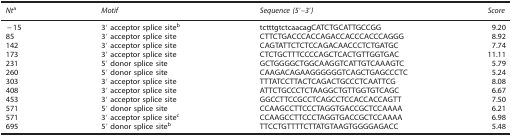
| Nta | Motif | Sequence (5′–3′) | Score |
 | --- | --- | --- | --- |
 | −15 | 3′ acceptor splice siteb | tctttgtctcaacagCATCTGCATTGCCGG | 9.20 |
 | 85 | 3′ acceptor splice site | CTTCTGACCCACCAGACCACCCACCCAGGG | 8.92 |
 | 142 | 3′ acceptor splice site | CAGTATTCTCTCCAGACAACCCTCTGATGC | 7.74 |
 | 173 | 3′ acceptor splice site | CTCTGCTTTCCCCAGCTCACTGTTGGTGAC | 11.11 |
 | 231 | 5′ donor splice site | GCTGGGGCTGGCAAGGTCATTGTCAAAGTC | 5.79 |
 | 260 | 5′ donor splice site | CAAGACAGAAGGGGGGTCAGCTGAGCCCTC | 5.24 |
 | 303 | 3′ acceptor splice site | TTTATCCTTACTCAGACTGCCCTCAATTCG | 8.08 |
 | 408 | 3′ acceptor splice site | ATTCTGCCCTCTAAGGCTGTTGGTGTCAGC | 6.67 |
 | 453 | 3′ acceptor splice site | GGCCTTCCGCCTCAGCCTCCACCACCAGTT | 7.50 |
 | 571 | 5′ donor splice site | CCAAGCCTTCCCTAGGTGACCGCTCCAAAA | 6.21 |
 | 571 | 3′ acceptor splice sitec | CCAAGCCTTCCCTAGGTGACCGCTCCAAAA | 6.98 |
 | 695 | 5′ donor splice siteb | TTCCTGTTTTCTTATGTAAGTGGGGAGACC | 5.48 |